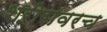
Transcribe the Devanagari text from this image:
शरीरावरच